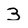
Character: 3